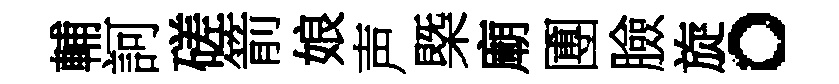
輔訶磋箭娘声槩廟圑臉旋。